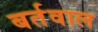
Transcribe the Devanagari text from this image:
बर्तवाल